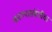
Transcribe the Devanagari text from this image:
करण्यासंबंधीचा